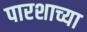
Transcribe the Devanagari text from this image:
पारशाच्या